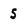
Character: 5